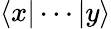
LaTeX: \langle x|\cdots|y\rangle